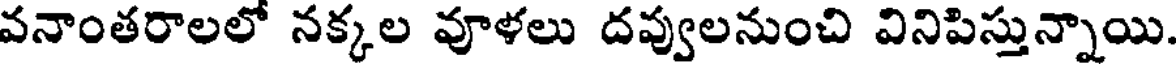
వనాంతరాలలో నక్కల వూళలు దవ్వులనుంచి వినిపిస్తున్నాయి.